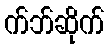
က်ဘ်ဆိုက်